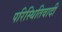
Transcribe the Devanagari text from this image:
परिस्थितिवादी